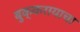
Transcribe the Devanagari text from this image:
बुक्करायाचा